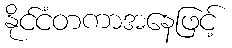
နိုင်ငံတကာအနေဖြင့်